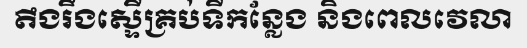
តឹងរឹងស្ទើគ្រប់ទីកន្លែង និងពេលវេលា